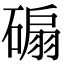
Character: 𥔱